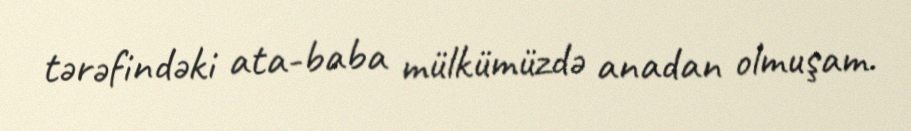
tərəfindəki ata-baba mülkümüzdə anadan olmuşam.